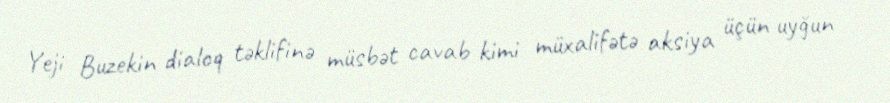
Yeji Buzekin dialoq təklifinə müsbət cavab kimi müxalifətə aksiya üçün uyğun